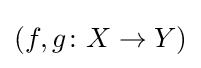
(f,g\colon X\to Y)